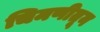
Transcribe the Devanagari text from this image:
चिमणीतून